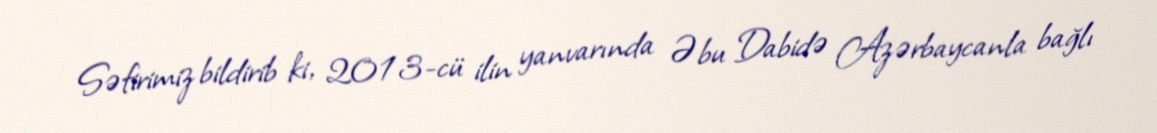
Səfirimiz bildirib ki, 2013-cü ilin yanvarında Əbu Dabidə Azərbaycanla bağlı